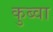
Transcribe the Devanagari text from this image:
कुब्वा